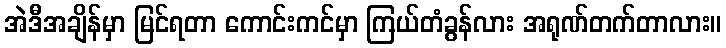
အဲဒီအချိန်မှာ မြင်ရတာ ကောင်းကင်မှာ ကြယ်တံခွန်လား အရုဏ်တက်တာလား။